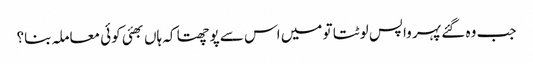
جب وہ گئے پہر واپس لوٹتا تو میں اس سے پوچھتا کہ ہاں بھئی کوئی معاملہ بنا؟